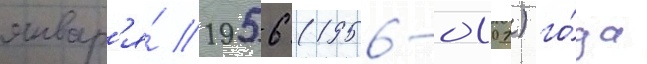
январ'я́ 1956 (1956-01-01) го́да